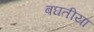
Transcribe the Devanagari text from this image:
बघतीया